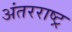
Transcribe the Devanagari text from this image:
अंतरराष्ट्र